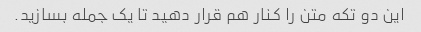
این دو تکه متن را کنار هم قرار دهید تا یک جمله بسازید.